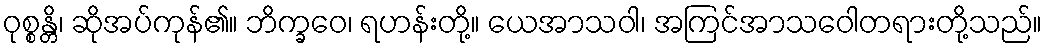
ဝုစ္စန္တိ၊ ဆိုအပ်ကုန်၏။ ဘိက္ခဝေ၊ ရဟန်းတို့။ ယေအာသဝါ၊ အကြင်အာသဝေါတရားတို့သည်။